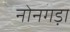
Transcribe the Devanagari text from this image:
नोनगड़ा